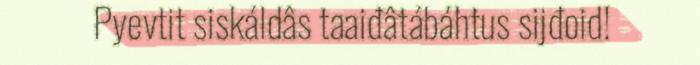
Pyevtit siskáldâs taaiđâtábáhtus sijđoid!